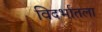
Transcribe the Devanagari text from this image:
विदर्भातला